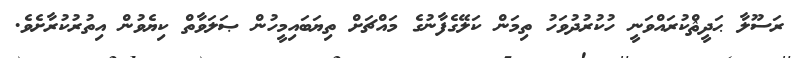
ރަސޫލާ ޙަދީޘްކުރައްވަނީ ހުކުރުދުވަހު ތިމަން ކަލޭގެފާނުގެ މައްޗަށް ތިޔަބައިމީހުން ޞަލަވާތް ކިޔެވުން އިތުރުކުރާށެވެ.